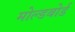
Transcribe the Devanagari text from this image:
मोल्डबोर्ड